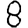
Digit: 8